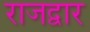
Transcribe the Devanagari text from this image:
राजद्वार